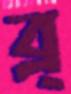
ব্র্